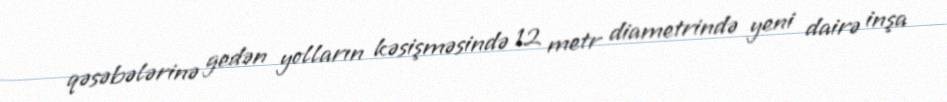
qəsəbələrinə gedən yolların kəsişməsində 12 metr diametrində yeni dairə inşa